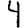
Digit: 4